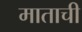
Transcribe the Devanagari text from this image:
माताची